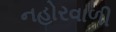
નહોરવાળી